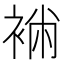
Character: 䘷